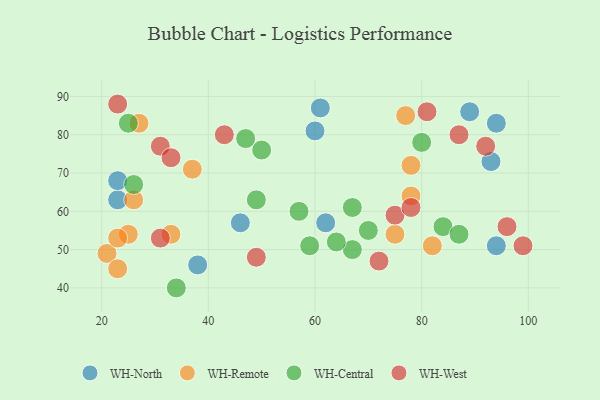
{"axis": {"x": "GDP", "y": "Life Expectancy"}, "legend": ["WH-Central", "WH-North", "WH-Remote", "WH-West"], "data": [{"x": "89", "y": 86, "type": "WH-North"}, {"x": "62", "y": 57, "type": "WH-North"}, {"x": "23", "y": 63, "type": "WH-North"}, {"x": "93", "y": 73, "type": "WH-North"}, {"x": "61", "y": 87, "type": "WH-North"}, {"x": "46", "y": 57, "type": "WH-North"}, {"x": "38", "y": 46, "type": "WH-North"}, {"x": "94", "y": 51, "type": "WH-North"}, {"x": "94", "y": 83, "type": "WH-North"}, {"x": "23", "y": 68, "type": "WH-North"}, {"x": "60", "y": 81, "type": "WH-North"}, {"x": "78", "y": 64, "type": "WH-Remote"}, {"x": "21", "y": 49, "type": "WH-Remote"}, {"x": "26", "y": 63, "type": "WH-Remote"}, {"x": "37", "y": 71, "type": "WH-Remote"}, {"x": "77", "y": 85, "type": "WH-Remote"}, {"x": "25", "y": 54, "type": "WH-Remote"}, {"x": "78", "y": 72, "type": "WH-Remote"}, {"x": "75", "y": 54, "type": "WH-Remote"}, {"x": "27", "y": 83, "type": "WH-Remote"}, {"x": "82", "y": 51, "type": "WH-Remote"}, {"x": "23", "y": 45, "type": "WH-Remote"}, {"x": "23", "y": 53, "type": "WH-Remote"}, {"x": "33", "y": 54, "type": "WH-Remote"}, {"x": "84", "y": 56, "type": "WH-Central"}, {"x": "67", "y": 50, "type": "WH-Central"}, {"x": "50", "y": 76, "type": "WH-Central"}, {"x": "87", "y": 54, "type": "WH-Central"}, {"x": "25", "y": 83, "type": "WH-Central"}, {"x": "67", "y": 61, "type": "WH-Central"}, {"x": "70", "y": 55, "type": "WH-Central"}, {"x": "26", "y": 67, "type": "WH-Central"}, {"x": "80", "y": 78, "type": "WH-Central"}, {"x": "57", "y": 60, "type": "WH-Central"}, {"x": "34", "y": 40, "type": "WH-Central"}, {"x": "47", "y": 79, "type": "WH-Central"}, {"x": "49", "y": 63, "type": "WH-Central"}, {"x": "64", "y": 52, "type": "WH-Central"}, {"x": "59", "y": 51, "type": "WH-Central"}, {"x": "96", "y": 56, "type": "WH-West"}, {"x": "31", "y": 77, "type": "WH-West"}, {"x": "49", "y": 48, "type": "WH-West"}, {"x": "33", "y": 74, "type": "WH-West"}, {"x": "92", "y": 77, "type": "WH-West"}, {"x": "43", "y": 80, "type": "WH-West"}, {"x": "81", "y": 86, "type": "WH-West"}, {"x": "75", "y": 59, "type": "WH-West"}, {"x": "78", "y": 61, "type": "WH-West"}, {"x": "72", "y": 47, "type": "WH-West"}, {"x": "87", "y": 80, "type": "WH-West"}, {"x": "31", "y": 53, "type": "WH-West"}, {"x": "99", "y": 51, "type": "WH-West"}, {"x": "23", "y": 88, "type": "WH-West"}]}